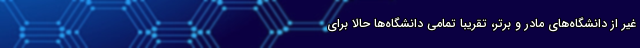
غیر از دانشگاه‌های مادر و برتر، تقریبا تمامی دانشگاه‌ها حالا برای